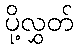
ပို့လွှတ်